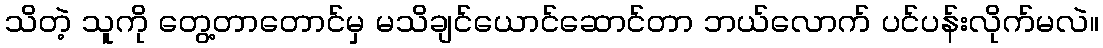
သိတဲ့ သူကို တွေ့တာတောင်မှ မသိချင်ယောင်ဆောင်တာ ဘယ်လောက် ပင်ပန်းလိုက်မလဲ။